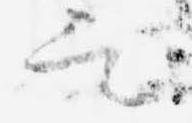
定